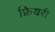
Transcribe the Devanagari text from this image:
फ्रियरी